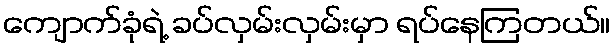
ကျောက်ခုံရဲ့ ခပ်လှမ်းလှမ်းမှာ ရပ်နေကြတယ်။